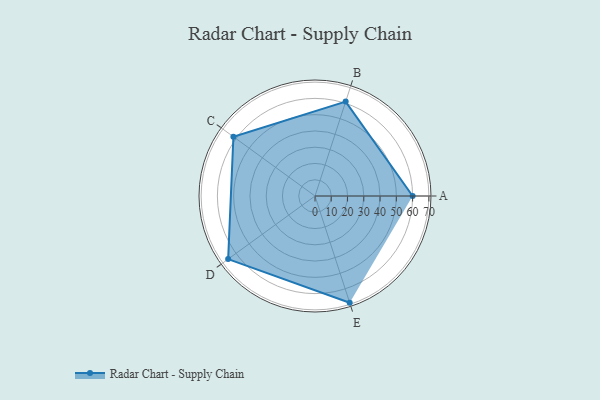
{"axis": {"x": "Skill", "y": "Score"}, "legend": ["Profile"], "data": [{"x": "A", "y": 60.0, "type": "Profile"}, {"x": "B", "y": 61.0, "type": "Profile"}, {"x": "C", "y": 62.0, "type": "Profile"}, {"x": "D", "y": 66.0, "type": "Profile"}, {"x": "E", "y": 69.0, "type": "Profile"}]}